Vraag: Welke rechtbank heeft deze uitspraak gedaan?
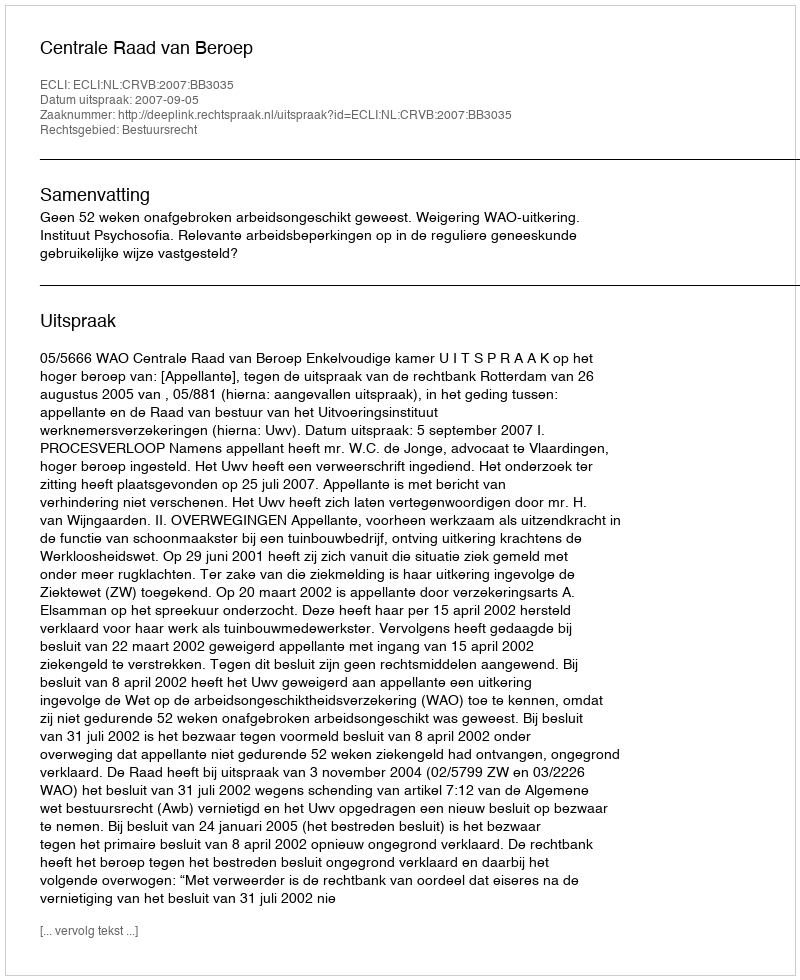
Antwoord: Centrale Raad van Beroep